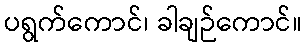
ပရွက်ကောင်၊ ခါချဉ်ကောင်။